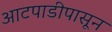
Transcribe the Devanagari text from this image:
आटपाडीपासून